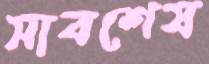
সাবশেষ